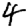
Digit: 4